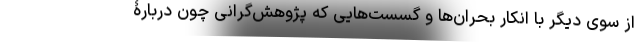
از سوی دیگر با انکار بحران‌ها و گسست‌هایی که پژوهش‌گرانی چون دربارۀ